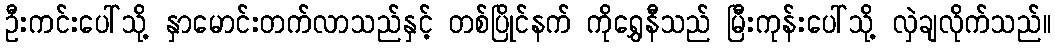
ဦးကင်းပေါ်သို့ နှာမောင်းတက်လာသည်နှင့် တစ်ပြိုင်နက် ကိုရွှေနီသည် မြီးကုန်းပေါ်သို့ လှဲချလိုက်သည်။